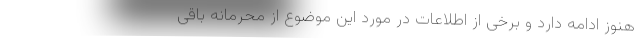
هنوز ادامه دارد و برخی از اطلاعات در مورد این موضوع از محرمانه باقی